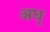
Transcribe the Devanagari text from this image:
अध्